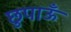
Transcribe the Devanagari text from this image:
छुपाऊँ